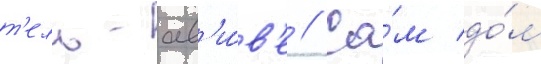
т'ель-ав'и́в'е // Са́м до́м